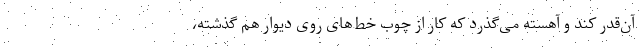
آن‌قدر کُند و آهسته می‌گذرد که کار از چوب خط‌های روی دیوار هم گذشته،